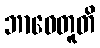
ဘာဝေတူတိ